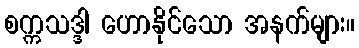
စက္ကသဒ္ဒါ ဟောနိုင်သော အနက်များ။